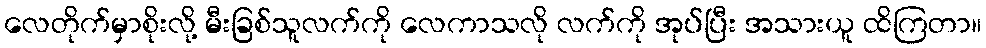
လေတိုက်မှာစိုးလို့ မီးခြစ်သူလက်ကို လေကာသလို လက်ကို အုပ်ပြီး အသားယူ ထိကြတာ။